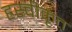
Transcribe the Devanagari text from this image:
ह्रस्वीकृत